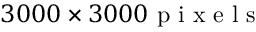
3 0 0 0 \times 3 0 0 0 \mathrm { ~ p ~ i ~ x ~ e ~ l ~ s ~ }